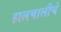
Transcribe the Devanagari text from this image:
हालचालीचे